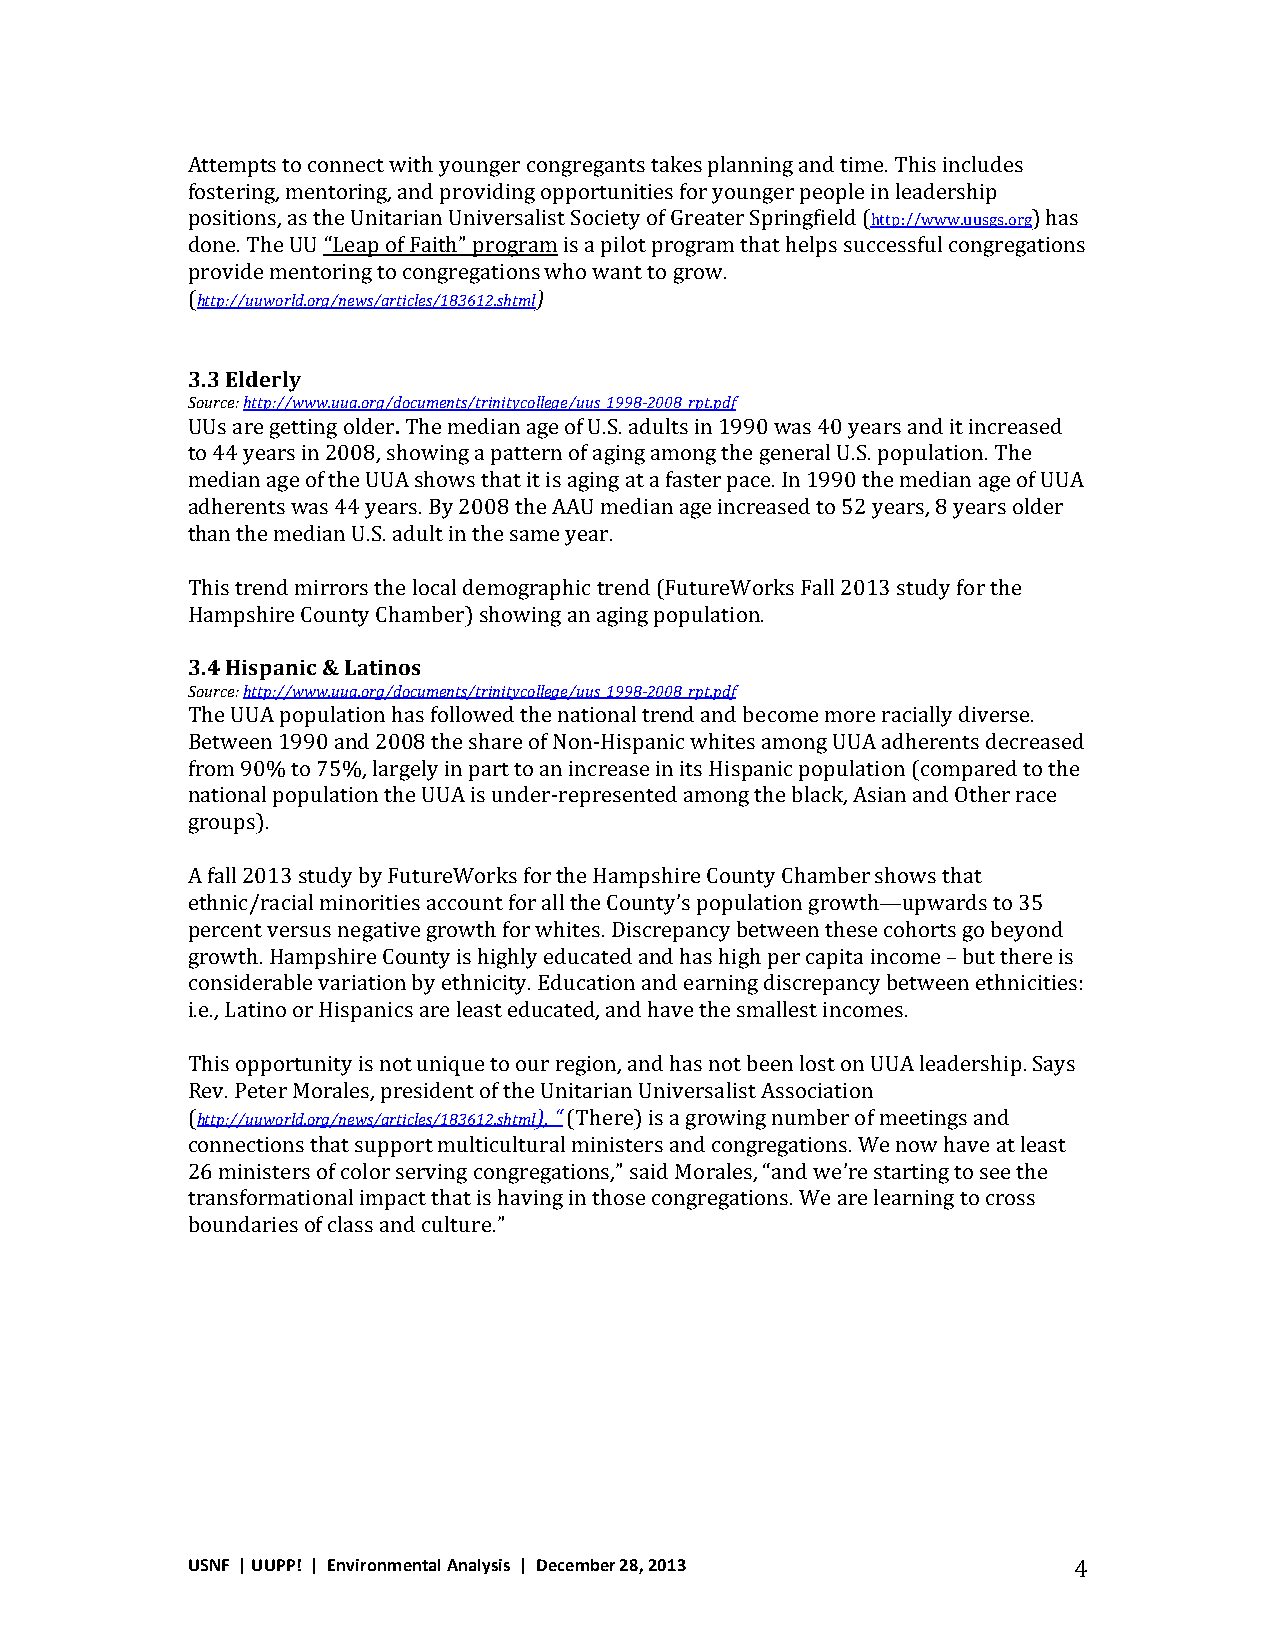
Attempts to connect with younger congregants takes planning and time. This includes
 fostering, mentoring, and providing opportunities for younger people in leadership
 positions, as the Unitarian Universalist Society of Greater Springfield (http://www.uusgs.org) has
 done. The UU “Leap of Faith” program is a pilot program that helps successful congregations
 provide mentoring to congregations who want to grow.
 (http://uuworld.org/news/articles/183612.shtml)
 3.3 Elderly
 Source: http://www.uua.org/documents/trinitycollege/uus_1998-­2008_rpt.pdf
 UUs are getting older. The median age of U.S. adults in 1990 was 40 years and it increased
 to 44 years in 2008, showing a pattern of aging among the general U.S. population. The
 median age of the UUA shows that it is aging at a faster pace. In 1990 the median age of UUA
 adherents was 44 years. By 2008 the AAU median age increased to 52 years, 8 years older
 than the median U.S. adult in the same year.
 This trend mirrors the local demographic trend (FutureWorks Fall 2013 study for the
 Hampshire County Chamber) showing an aging population.
 3.4 Hispanic & Latinos
 Source: http://www.uua.org/documents/trinitycollege/uus_1998-­2008_rpt.pdf
 The UUA population has followed the national trend and become more racially diverse.
 Between 1990 and 2008 the share of Non-­‐Hispanic whites among UUA adherents decreased
 from 90% to 75%, largely in part to an increase in its Hispanic population (compared to the
 national population the UUA is under-­‐represented among the black, Asian and Other race
 groups).
 A fall 2013 study by FutureWorks for the Hampshire County Chamber shows that
 ethnic/racial minorities account for all the County’s population growth—upwards to 35
 percent versus negative growth for whites. Discrepancy between these cohorts go beyond
 growth. Hampshire County is highly educated and has high per capita income – but there is
 considerable variation by ethnicity. Education and earning discrepancy between ethnicities:
 i.e., Latino or Hispanics are least educated, and have the smallest incomes.
 This opportunity is not unique to our region, and has not been lost on UUA leadership. Says
 Rev. Peter Morales, president of the Unitarian Universalist Association
 (http://uuworld.org/news/articles/183612.shtml), “ (There) is a growing number of meetings and
 connections that support multicultural ministers and congregations. We now have at least
 26 ministers of color serving congregations,” said Morales, “and we’re starting to see the
 transformational impact that is having in those congregations. We are learning to cross
 boundaries of class and culture.”
 USNF | UUPP! | Environmental Analysis | December 28, 2013  4